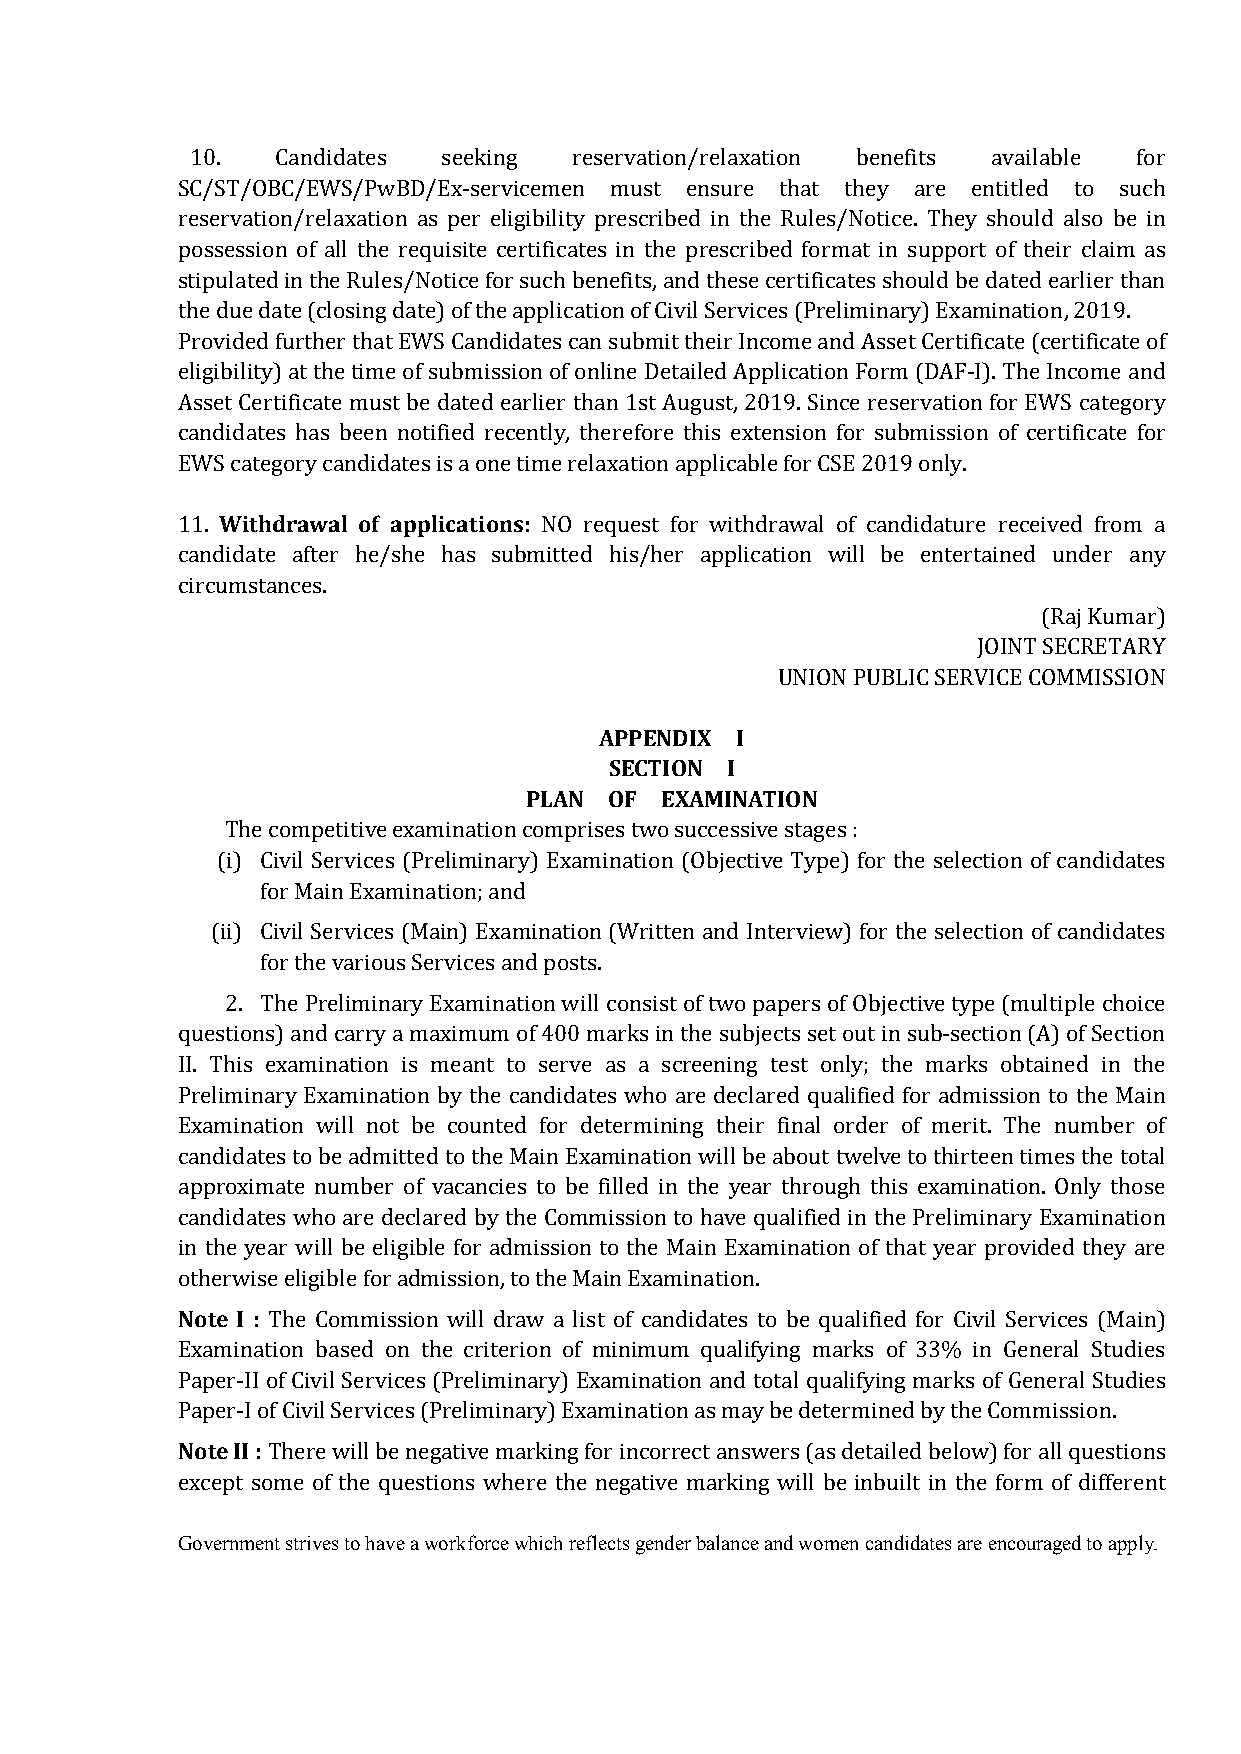
10.  Candidates seeking  reservation/relaxation benefits available for
 SC/ST/OBC/EWS/PwBD/Ex-servicemen must ensure that they are entitled to such
 reservation/relaxation as per eligibility prescribed in the Rules/Notice. They should also be in
 possession of all the requisite certificates in the prescribed format in support of their claim as
 stipulated in the Rules/Notice for such benefits, and these certificates should be dated earlier than
 the due date (closing date) of the application of Civil Services (Preliminary) Examination, 2019.
 Provided further that EWS Candidates can submit their Income and Asset Certificate (certificate of
 eligibility) at the time of submission of online Detailed Application Form (DAF-I). The Income and
 Asset Certificate must be dated earlier than 1st August, 2019. Since reservation for EWS category
 candidates has been notified recently, therefore this extension for submission of certificate for
 EWS category candidates is a one time relaxation applicable for CSE 2019 only.
 Withdrawal of applications:
 11.                     NO request for withdrawal of candidature received from a
 candidate after he/she has submitted his/her application will be entertained under any
 circumstances.
 (Raj Kumar)
 JOINT SECRETARY
 UNION PUBLIC SERVICE COMMISSION
 APPENDIX I
 SECTION I
 PLAN OF  EXAMINATION
 The competitive examination comprises two successive stages :
 (i) Civil Services (Preliminary) Examination (Objective Type) for the selection of candidates
 for Main Examination; and
 (ii) Civil Services (Main) Examination (Written and Interview) for the selection of candidates
 for the various Services and posts.
 2. The Preliminary Examination will consist of two papers of Objective type (multiple choice
 questions) and carry a maximum of 400 marks in the subjects set out in sub-section (A) of Section
 II. This examination is meant to serve as a screening test only; the marks obtained in the
 Preliminary Examination by the candidates who are declared qualified for admission to the Main
 Examination will not be counted for determining their final order of merit. The number of
 candidates to be admitted to the Main Examination will be about twelve to thirteen times the total
 approximate number of vacancies to be filled in the year through this examination. Only those
 candidates who are declared by the Commission to have qualified in the Preliminary Examination
 in the year will be eligible for admission to the Main Examination of that year provided they are
 Note I :
 otherwise eligible for admission, to the Main Examination.
 The Commission will draw a list of candidates to be qualified for Civil Services (Main)
 Examination based on the criterion of minimum qualifying marks of 33% in General Studies
 Paper-II of Civil Services (Preliminary) Examination and total qualifying marks of General Studies
 Note II :
 Paper-I of Civil Services (Preliminary) Examination as may be determined by the Commission.
 There will be negative marking for incorrect answers (as detailed below) for all questions
 except some of the questions where the negative marking will be inbuilt in the form of different
 Government strives to have a workforce which reflects gender balance and women candidates are encouraged to apply.